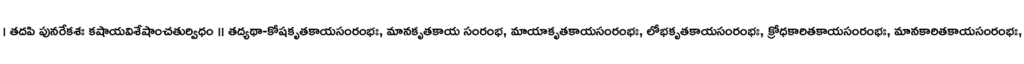
। తదపి పునరేకశః కషాయవిశేషాంచతుర్విధం ॥ తద్యథా-కోషకృతకాయసంరంభః, మానకృతకాయ సంరంభ, మాయాకృతకాయసంరంభః, లోభకృతకాయసంరంభః, క్రోధకారితకాయసంరంభః, మానకారితకాయసంరంభః,